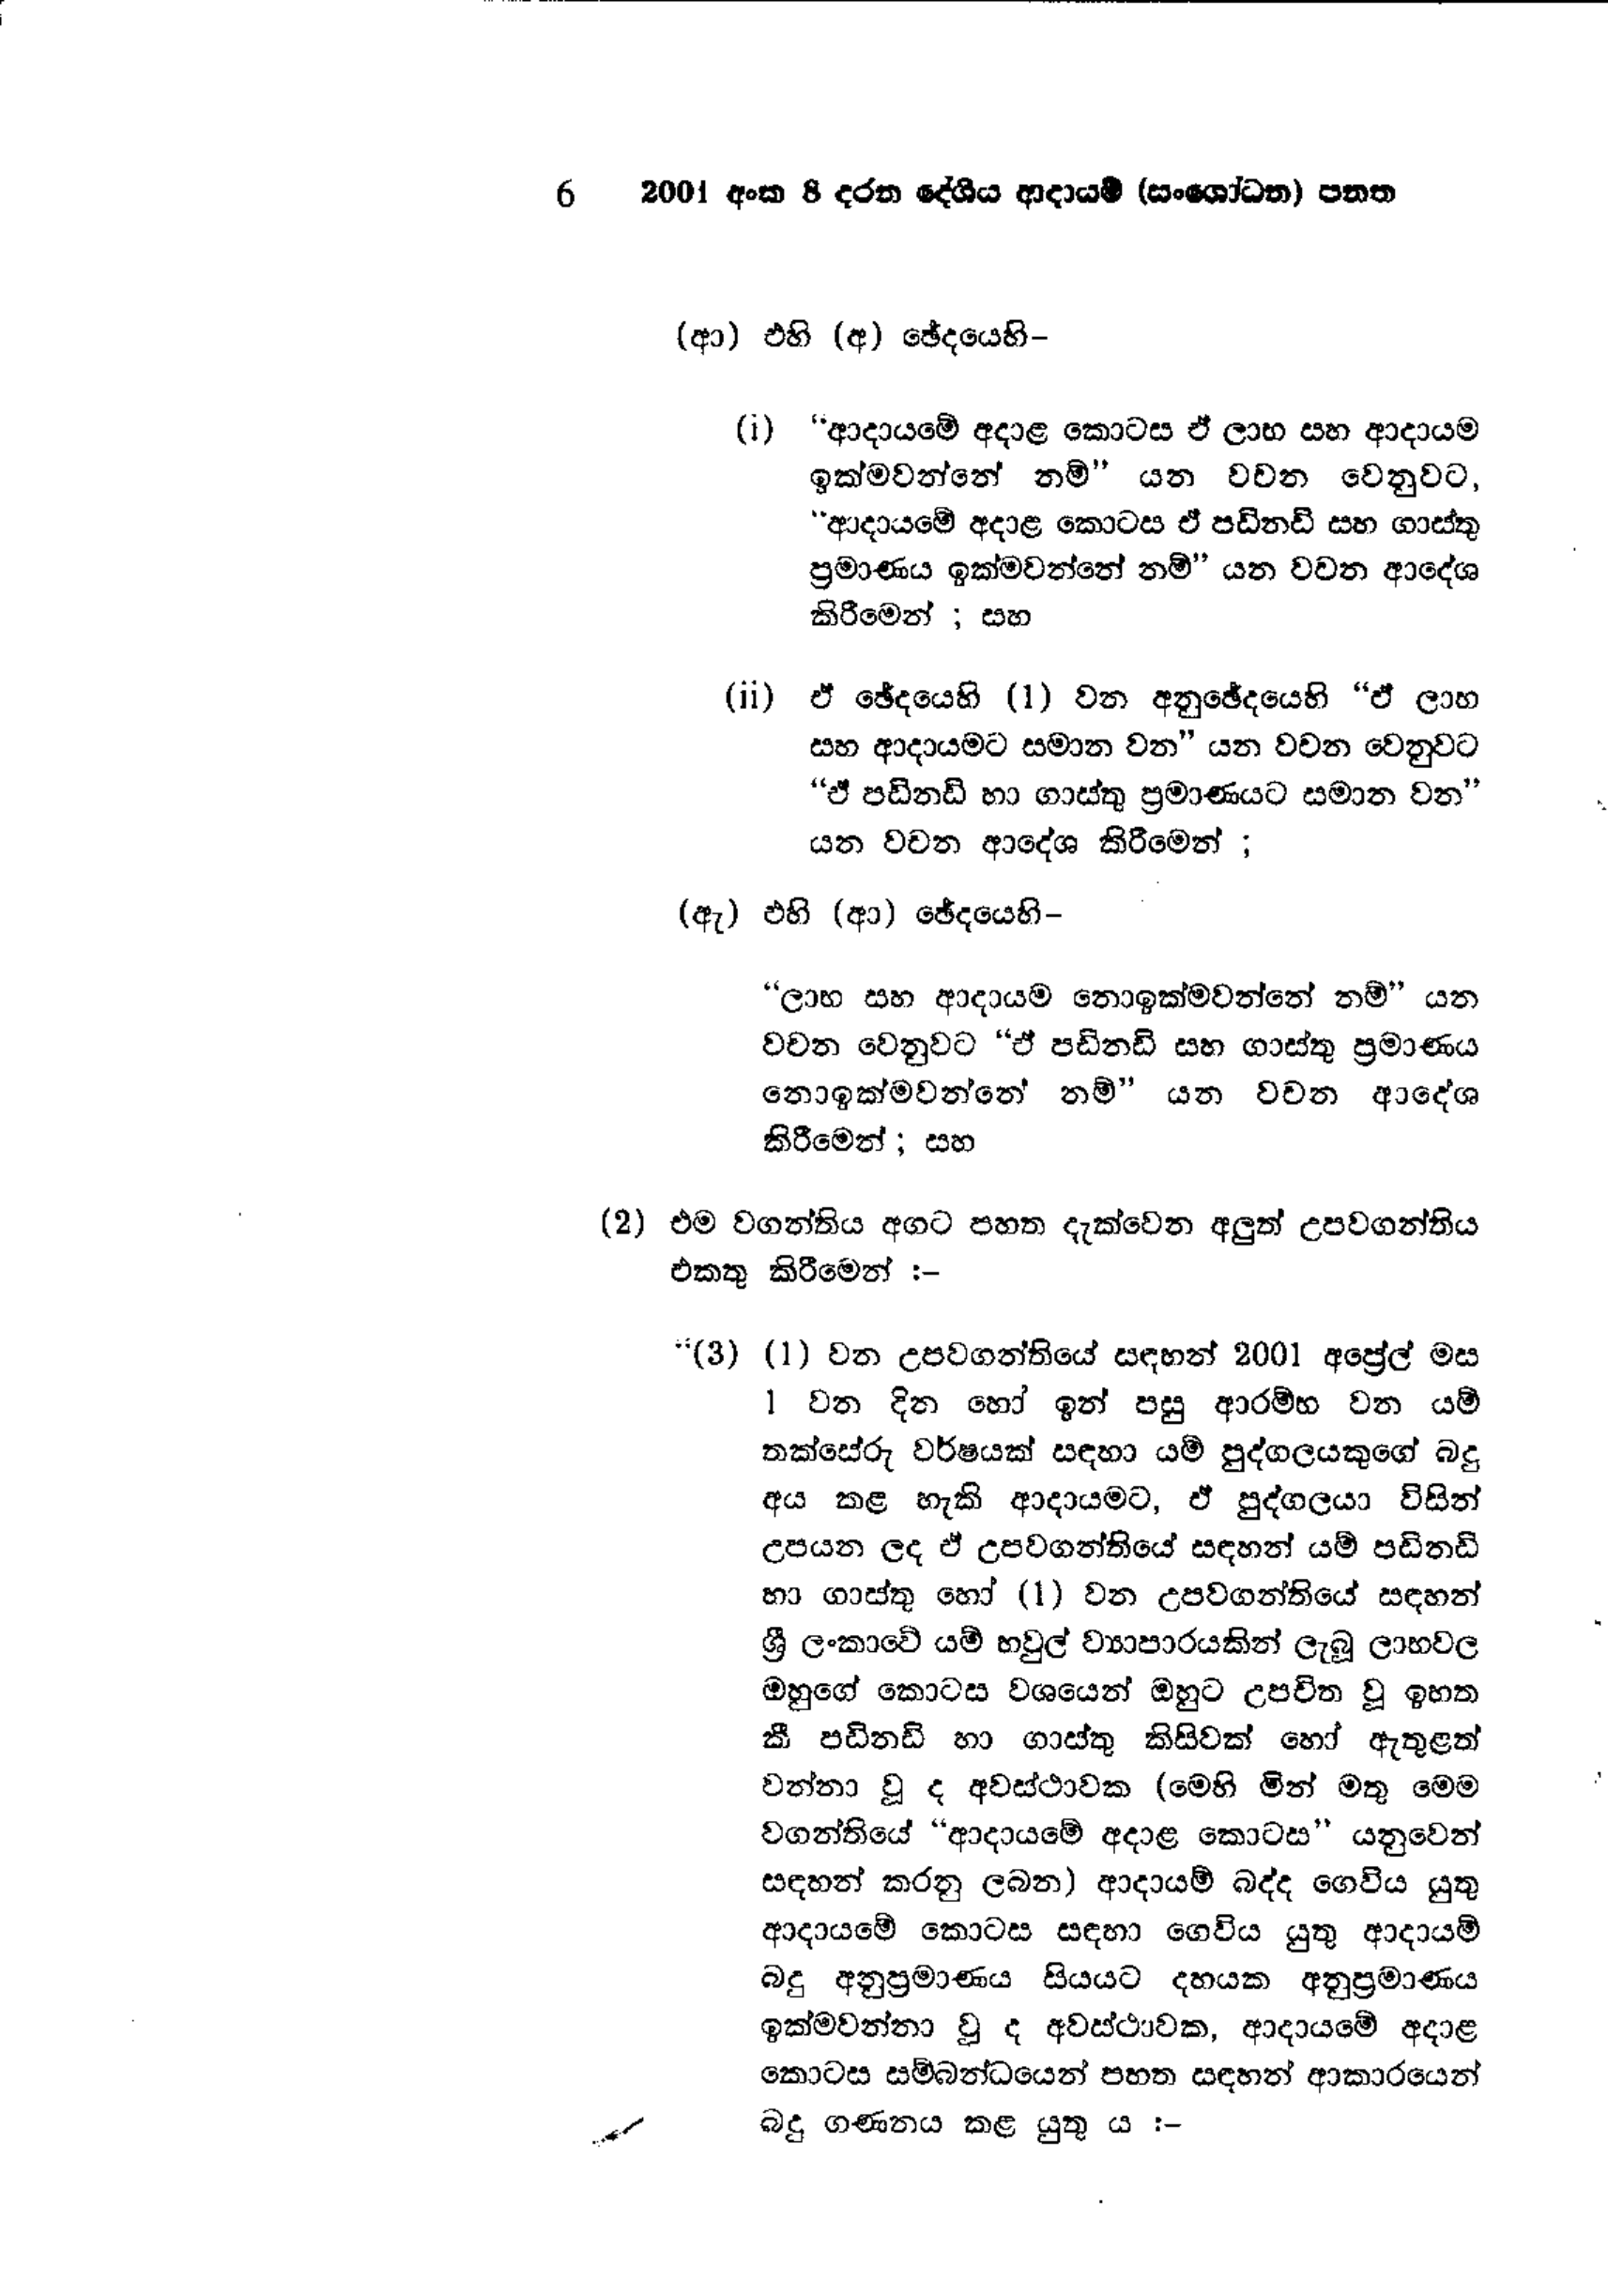
6 2001 අංක 8 දරන දේශීය ආදායම් (සංශෝධන ) පනත

(ආ) එහි (අ) ඡේදයෙහි -

(i) " ආදායමේ අදාළ කොටස ඒ ලාභ සහ ආදායම
ඉක්ම වන්නේ නම්" යන වචන වෙනුවට,
"ආදායමේ අදාළ කොටස ඒ පඩිනඩි සහ ගාස්තු
ප්‍රමාණය ඉක්මවන්නේ නම්'' යන වචන ආදේශ
කිරීමෙන් ; සහ

(ii) ඒ ඡේදයෙහි (1) වන අනුඡේදයෙහි “ඒ ලාභ
සහ ආදායමට සමාන වන " යන වචන වෙනුවට
“ඒ පඩිනඩි හා ගාස්තු ප්‍රමාණයට සමාන වන”
යන වචන ආදේශ කිරීමෙන්;

(ඇ) ඵහි (ආ) ඡේදයෙහි -

'' ලාභ සහ ආදායම නොඉක්මවන්නේ නම්" යන
වචන වෙනුවට 'ඒ පඩිනඩි සහ ගාස්තු ප්‍රමාණය
නොඉක්මවන්නේ නම් " යන වචන ආදේශ
කිරීමෙන්; සහ

(2) එම වගන්තිය අගට පහත දැක්වෙන අලුත් උපවගන්තිය
එකතු කිරීමෙන් :-

“(3) (1) වන උපවගන්තියේ සඳහන් 2001 අප්‍රේල් මස
1 වන දින හෝ ඉන් පසු ආරම්භ වන යම්
තක්සේරු වර්ෂයක් සඳහා යම් පුද්ගලයකුගේ බදු
අය කළ හැකි ආදායමට, ඒ පුද්ගලයා විසින්
උපයන ලද ඒ උපවගන්තියේ සඳහන් යම් පඩිනඩි
හා ගාස්තු හෝ (1) වන උපවගන්තියේ සඳහන්
ශ්‍රී ලංකාවේ යම් හවුල් ව්‍යාපාරයකින් ලැබූ ලාභ වල
ඔහුගේ කොටස වශයෙන් ඔහුට උපචිත වූ ඉහත
කී පඩිනඩි හා ගාස්තු කිසිවක් හෝ ඇතුළත්
වන්නා වූද අවස්ථාවක (මෙහි මින් මතු මෙම
වගන්තියේ “ආදායමේ අදාළ කොටස " යනුවෙන්
සඳහන් කරනු ලබන) ආදායම් බද්ද ගෙවිය යුතු
ආදායමේ කොටස සඳහා ගෙවිය යුතු ආදායම්
බදු අනුප්‍රමාණය සියයට දහයක අනුප්‍රමාණය
ඉක්මවන්නා වූ ද අවස්ථාවක, ආදායමේ අදාළ
කොටස සම්බන්ධයෙන් පහත සඳහන් ආකාරයෙන්
බදු ගණනය කළ යුතු ය :-